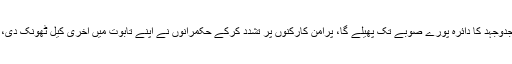
مصطفٰی کمال کا کہنا تھا کہ جدوجہد کا دائرہ پورے صوبے تک پھیلے گا، پرامن کارکنوں پر تشدد کرکے حکمرانوں نے اپنے تابوت میں آخری کیل ٹھونک دی، اب احتجاج گلی گلی میں ہوگا۔